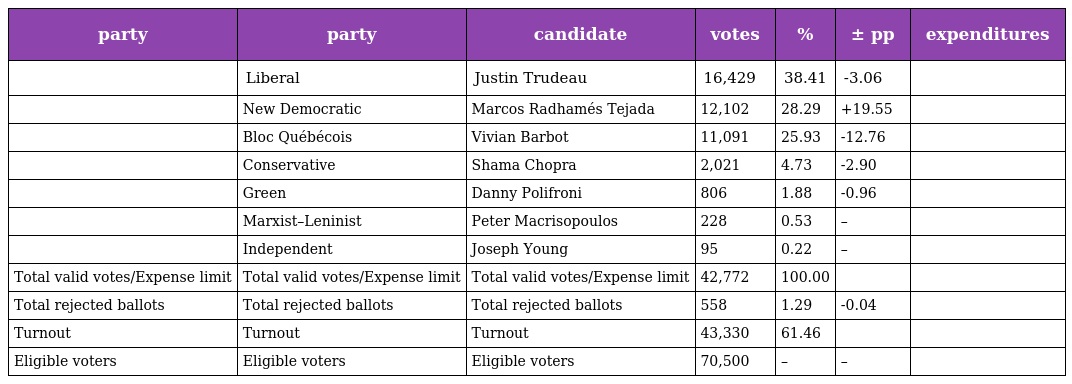
| party | party | candidate | votes | % | ± pp | expenditures |
 | --- | --- | --- | --- | --- | --- | --- |
 |  | Liberal | Justin Trudeau | 16,429 | 38.41 | -3.06 |  |
 |  | New Democratic | Marcos Radhamés Tejada | 12,102 | 28.29 | +19.55 |  |
 |  | Bloc Québécois | Vivian Barbot | 11,091 | 25.93 | -12.76 |  |
 |  | Conservative | Shama Chopra | 2,021 | 4.73 | -2.90 |  |
 |  | Green | Danny Polifroni | 806 | 1.88 | -0.96 |  |
 |  | Marxist–Leninist | Peter Macrisopoulos | 228 | 0.53 | – |  |
 |  | Independent | Joseph Young | 95 | 0.22 | – |  |
 | Total valid votes/Expense limit | Total valid votes/Expense limit | Total valid votes/Expense limit | 42,772 | 100.00 |  |  |
 | Total rejected ballots | Total rejected ballots | Total rejected ballots | 558 | 1.29 | -0.04 |  |
 | Turnout | Turnout | Turnout | 43,330 | 61.46 |  |  |
 | Eligible voters | Eligible voters | Eligible voters | 70,500 | – | – |  |